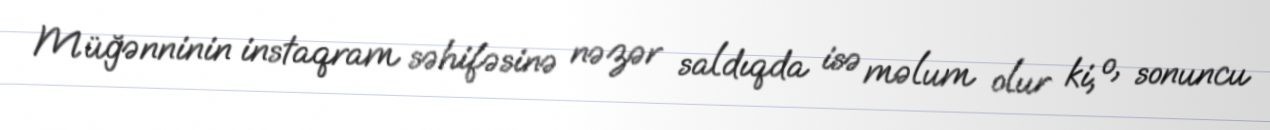
Müğənninin instaqram səhifəsinə nəzər saldıqda isə məlum olur ki, o, sonuncu